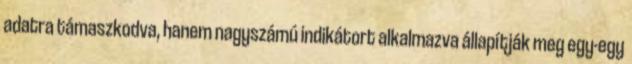
adatra támaszkodva, hanem nagyszámú indikátort alkalmazva állapítják meg egy-egy